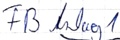
Text: FB Anlag1